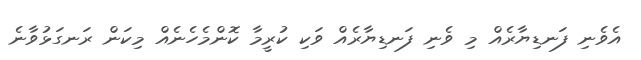
އެވެނި ފަނޑިޔާރެއް މި ވެނި ފަނޑިޔާރެއް ވަކި ކުރީމާ ކޮންމެހެނެއް މިކަން ރަނގަޅުވާނެ